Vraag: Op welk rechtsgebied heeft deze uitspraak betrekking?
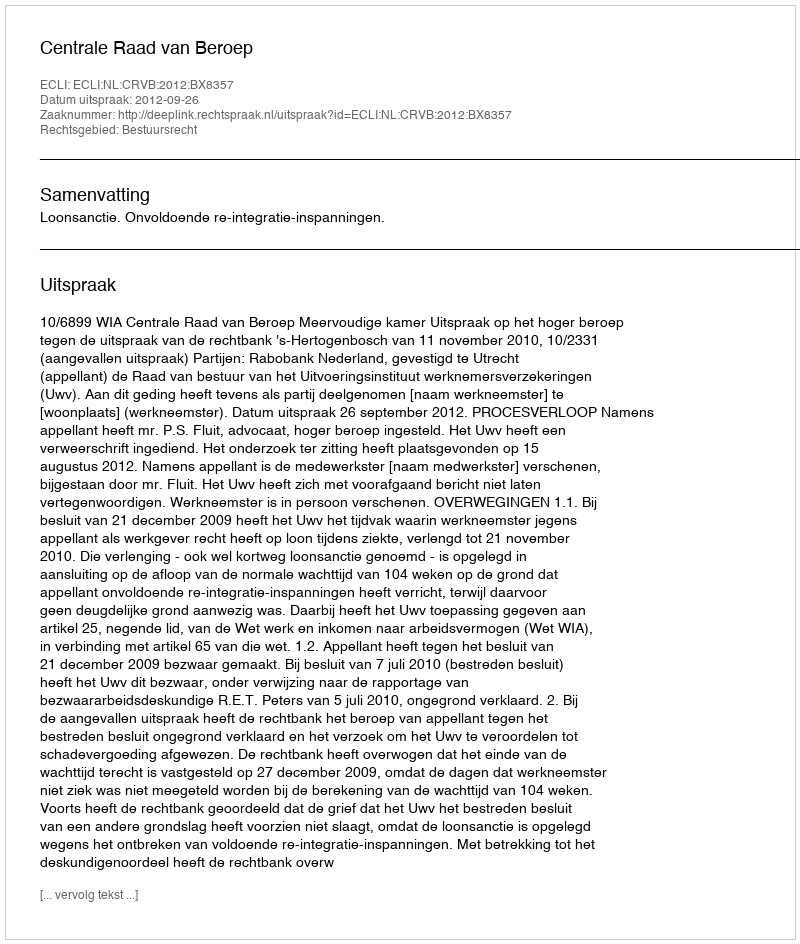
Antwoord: Bestuursrecht